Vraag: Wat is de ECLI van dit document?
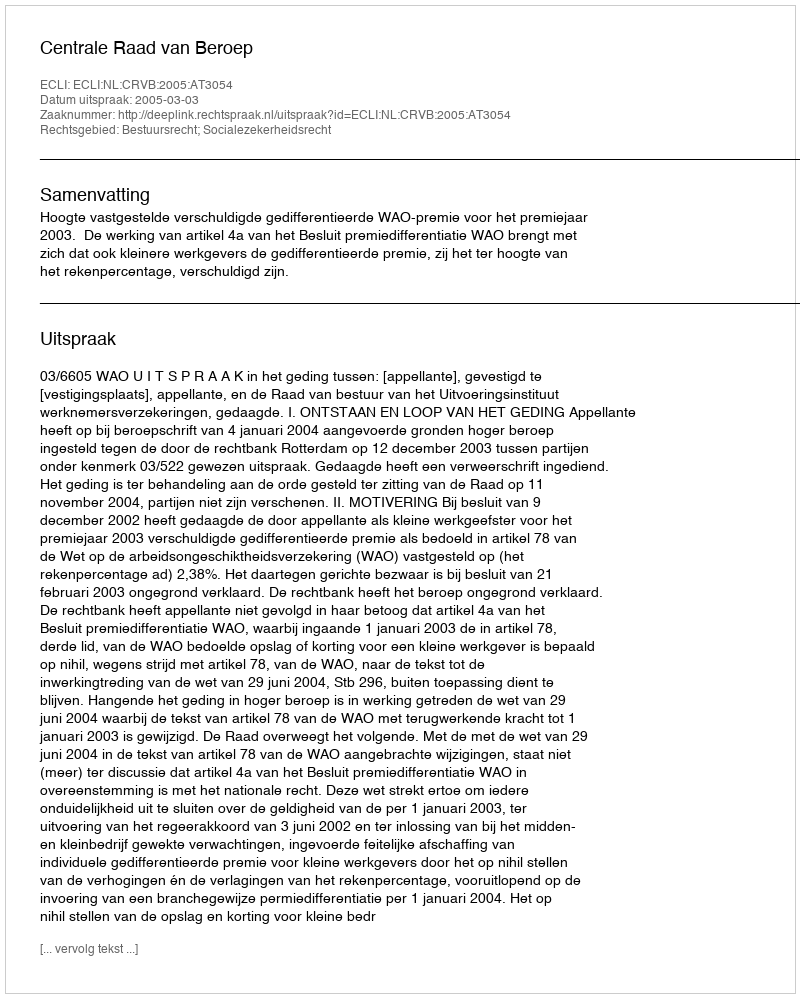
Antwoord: ECLI:NL:CRVB:2005:AT3054